Sanitation, dispensaries and jails vaccination Rajputana 1922-1927 - 1922-1927
Year: 1922
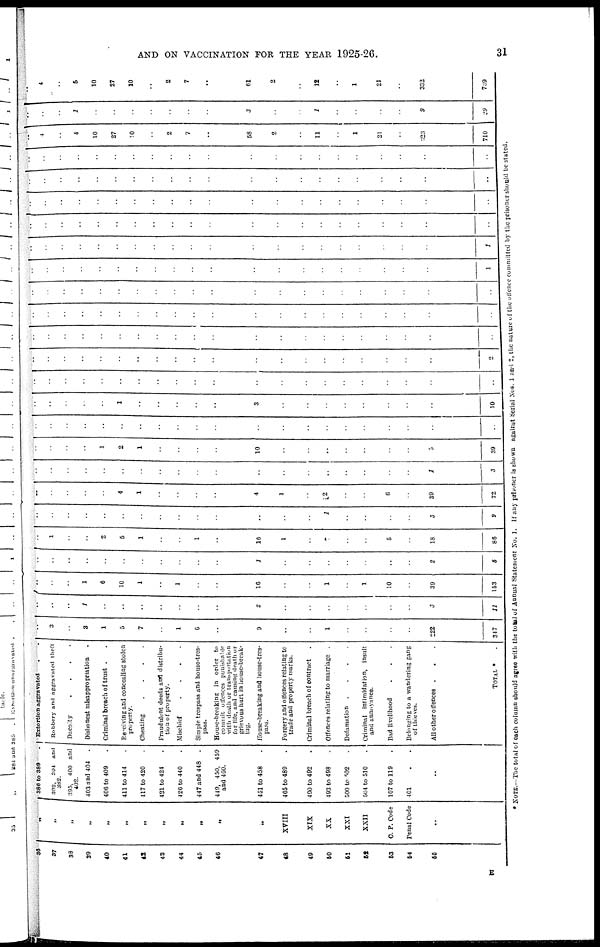
AND ON VACCINATION FOR THE YEAR 1925-26.
31
36
37
38
39
40
41
42
43
44
45
46
47
48
49
50
51
52
53
54
55
„
„
„
„
„
„
„
„
„
„
„
„
XVIII
XIX
XX
XXI
XXII
C. P. Code
Penal Code
..
386 to 389
392, 394 and
382.
395, 400 and
402.
403 and 404
.
406 to 409 .
411 to 414 .
117 to 420 .
421 to 424 .
426 to 440
447 and 448
.
449, 450, 459
and 460.
451 to 458 .
465 to 489 .
490 to 492
493 to 498 .
500 to 502 .
504 to 510
107 to 119 .
401 ..
..
Extortion aggravated ..
Robbery and aggravated theft
Dacoity
....
Dishonest misappropriation .
Criminal breach of trust ..
Receiving and concealing stolen
property.
Cheating
.
.
.
.
Fraudulent deeds and distribu-
tion of property.
Mischief
.
.
.
.
Simple trespass and house-tres-
pass.
House-breaking in order to
commit offences punishable
with death or transportation
for life, and causing death or
grievous hurt in house-break-
ing.
House-breaking and house-tres-
pass.
Forgery and offences relating to
trade and property marks.
Criminal breach of contract
Offences relating to marriage .
Defamation
.
.
.
.
Criminal intimidation, insult
and annoyance.
Bad livelihood ...
Belonging to a wandering gang
of thieves.
All other offences ...
TOTAL * .
..
3
..
3
1
5
7
..
1
6
..
9
..
..
1
..
..
..
..
222
347
..
..
..
1
..
..
..
..
..
..
..
2
..
..
..
..
..
..
..
3
11
..
..
..
1
6
10
1
..
1
..
..
16
..
..
1
..
1
10
..
39
153
..
..
..
..
..
..
..
..
..
..
..
1
..
..
..
..
..
..
..
2
5
..
..
..
..
2
5
1
..
..
1
..
16
1
..
7
..
..
5
..
18
86
..
..
..
..
..
..
..
..
..
..
..
..
..
..
1
..
..
..
..
3
9
..
..
..
..
..
4
1
..
..
..
..
4
1
..
2
..
..
6
..
39
72
..
..
..
..
..
..
..
..
..
..
..
..
..
..
..
..
..
..
..
1
3
..
..
..
..
1
2
1
..
..
..
..
10
..
..
..
..
..
..
..
5
39
..
..
..
..
..
..
..
..
..
..
..
..
..
..
..
..
..
..
..
..
..
..
..
..
..
..
1
..
..
..
..
..
3
..
..
..
..
..
..
..
..
10
..
..
..
..
..
..
..
..
..
..
..
..
..
..
..
..
..
..
..
..
..
..
..
..
..
..
..
..
..
..
..
..
..
..
..
..
..
..
..
..
..
2
..
..
..
..
..
..
..
..
..
..
..
..
..
..
..
..
..
..
..
..
..
..
..
..
..
..
..
..
..
..
..
..
..
..
..
..
..
..
..
..
..
..
..
..
..
..
..
..
..
..
..
..
..
..
..
..
..
..
..
..
..
..
..
..
..
..
..
..
..
..
..
..
..
..
..
..
..
..
..
..
..
..
..
1
..
..
..
..
..
..
..
..
..
..
..
..
..
..
..
..
..
..
..
1
..
..
..
..
..
..
..
..
..
..
..
..
..
..
..
..
..
..
..
..
..
..
..
..
..
..
..
..
..
..
..
..
..
..
..
..
..
..
..
..
..
..
..
..
..
..
..
..
..
..
..
..
..
..
..
..
..
..
..
..
..
..
..
..
..
..
..
..
..
..
..
..
..
..
..
..
..
..
..
..
..
..
..
..
.. 4
4
..
10
27
10
2
..
7
..
58
2
..
11
..
1
21
..
323
710
..
..
1
..
..
..
..
..
..
..
..
3
..
..
1
..
..
..
..
9
29
..
4
5
..
10
27
10
2
..
7
..
61
2
..
12
..
1
21
..
332
739
*NOTE.—The total of each column should agree with the total of Annual Statement No.1. If any prisoner is shown against Serial Nos.1 and 2, the nature of the offence committed by the prisoner should be stated.